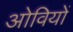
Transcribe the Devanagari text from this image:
ओवियों